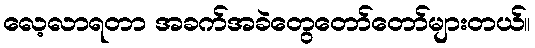
လေ့လာရတာ အခက်အခဲတွေတော်တော်များတယ်။